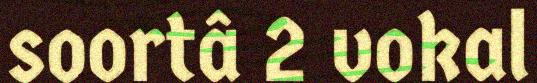
soortâ 2 vokal